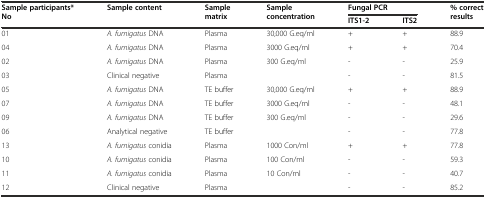
<table><thead><tr><td rowspan="2"><b>Sample participants* No</b></td><td rowspan="2"><b>Sample content</b></td><td rowspan="2"><b>Sample matrix</b></td><td rowspan="2"><b>Sample concentration</b></td><td colspan="2"><b>Fungal PCR</b></td><td rowspan="2"><b>% correct results</b></td></tr><tr><td><b>ITS1-2</b></td><td><b>ITS2</b></td></tr></thead><tbody><tr><td>01</td><td><i>A. fumigatus</i> DNA</td><td>Plasma</td><td>30,000 G.eq/ml</td><td>+</td><td>+</td><td>88.9</td></tr><tr><td>04</td><td><i>A. fumigatus</i> DNA</td><td>Plasma</td><td>3000 G.eq/ml</td><td>+</td><td>+</td><td>70.4</td></tr><tr><td>02</td><td><i>A. fumigatus</i> DNA</td><td>Plasma</td><td>300 G.eq/ml</td><td>-</td><td>-</td><td>25.9</td></tr><tr><td>03</td><td>Clinical negative</td><td>Plasma</td><td></td><td>-</td><td>-</td><td>81.5</td></tr><tr><td>05</td><td><i>A. fumigatus</i> DNA</td><td>TE buffer</td><td>30,000 G.eq/ml</td><td>+</td><td>+</td><td>88.9</td></tr><tr><td>07</td><td><i>A. fumigatus</i> DNA</td><td>TE buffer</td><td>3000 G.eq/ml</td><td>-</td><td>-</td><td>48.1</td></tr><tr><td>09</td><td><i>A. fumigatus</i> DNA</td><td>TE buffer</td><td>300 G.eq/ml</td><td>-</td><td>-</td><td>29.6</td></tr><tr><td>06</td><td>Analytical negative</td><td>TE buffer</td><td></td><td>-</td><td>-</td><td>77.8</td></tr><tr><td>13</td><td><i>A. fumigatus</i> conidia</td><td>Plasma</td><td>1000 Con/ml</td><td>+</td><td>+</td><td>77.8</td></tr><tr><td>10</td><td><i>A. fumigatus</i> conidia</td><td>Plasma</td><td>100 Con/ml</td><td>-</td><td>-</td><td>59.3</td></tr><tr><td>11</td><td><i>A. fumigatus</i> conidia</td><td>Plasma</td><td>10 Con/ml</td><td>-</td><td>-</td><td>40.7</td></tr><tr><td>12</td><td>Clinical negative</td><td>Plasma</td><td></td><td>-</td><td>-</td><td>85.2</td></tr></tbody></table>